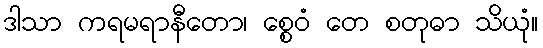
ဒါသာ ကရမရာနီတော၊ စ္စေဝံ တေ စတုဓာ သိယုံ။